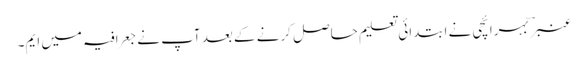
عنبر ؔ بہرائچی نے ابتدائی تعلیم حاصل کرنے کے بعد آپ نے جعرافیہ میں ایم۔